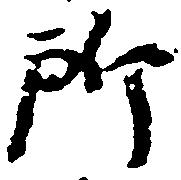
所